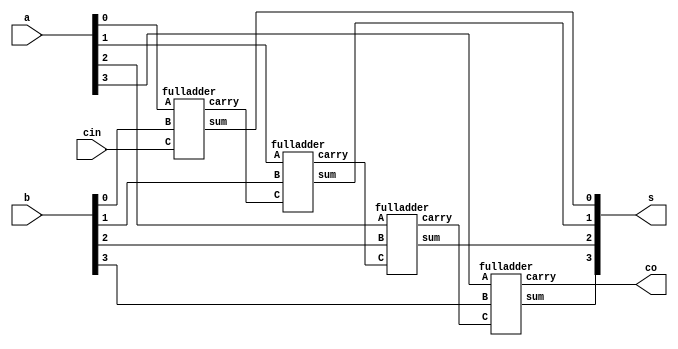
`timescale 1ns / 1ps
//////////////////////////////////////////////////////////////////////////////////
// Company: 
// Engineer: 
// 
// Design Name: 
// Module Name:    taskthree 
// Project Name: 
// Target Devices: 
// Tool versions: 
// Description: 
//
// Dependencies: 
//
// Revision: 
// Revision 0.01 - File Created
// Additional Comments: 
//
//////////////////////////////////////////////////////////////////////////////////
module taskthree
 (input [3:0] a,b,
    input cin,
    output co,
    output [3:0] s
    );
wire c1,c2,c3;
fulladder fa0(a[0],b[0],cin,s[0],c1);
fulladder fa1(a[1],b[1],c1,s[1],c2);
fulladder fa2(a[2],b[2],c2,s[2],c3);
fulladder fa3(a[3],b[3],c3,s[3],co);
endmodule

module fulladder(input A,B,C,output sum,carry );
wire d0,b0,b1;
halfadder g1(A,B,d0,b0);
halfadder g2(d0,C,carry,b1);
or g3(sum,b1,b0);
endmodule

module halfadder(a,b,s,c);
input a,b;
output s,c;
//assign{c,s} =a+b;
assign s=a^b;
assign c=a&b;
endmodule